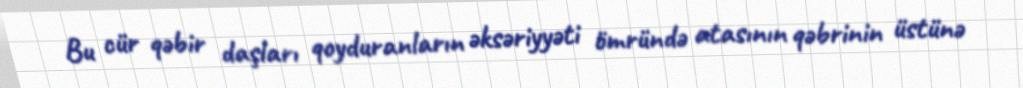
Bu cür qəbir daşları qoyduranların əksəriyyəti ömründə atasının qəbrinin üstünə